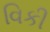
વિકી